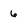
Character: 6